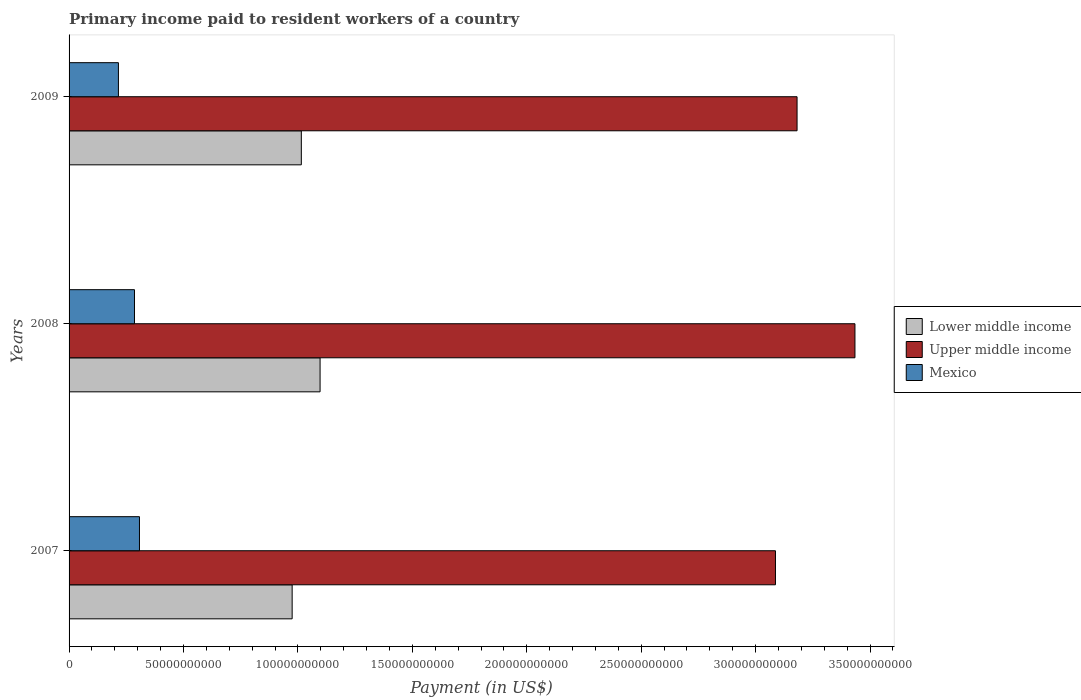
| Years | Lower middle income | Upper middle income | Mexico |
 | --- | --- | --- | --- |
 | 2007 | 9.75e+10 | 3.09e+11 | 3.08e+10 |
 | 2008 | 1.1e+11 | 3.43e+11 | 2.86e+10 |
 | 2009 | 1.01e+11 | 3.18e+11 | 2.16e+10 |